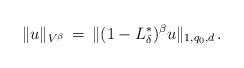
LaTeX: \begin{align*} \Vert u\Vert_{V^\beta}\, =\, \Vert (1-L_{ \delta}^{ \ast})^\beta u\Vert_{1,q_{ 0}, d}\, .\end{align*}